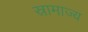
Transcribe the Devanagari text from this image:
स्रामाज्य